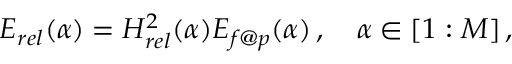
\begin{array} { r } { E _ { r e l } ( \alpha ) = H _ { r e l } ^ { 2 } ( \alpha ) E _ { f @ p } ( \alpha ) \, , \quad \alpha \in [ 1 : M ] \, , } \end{array}